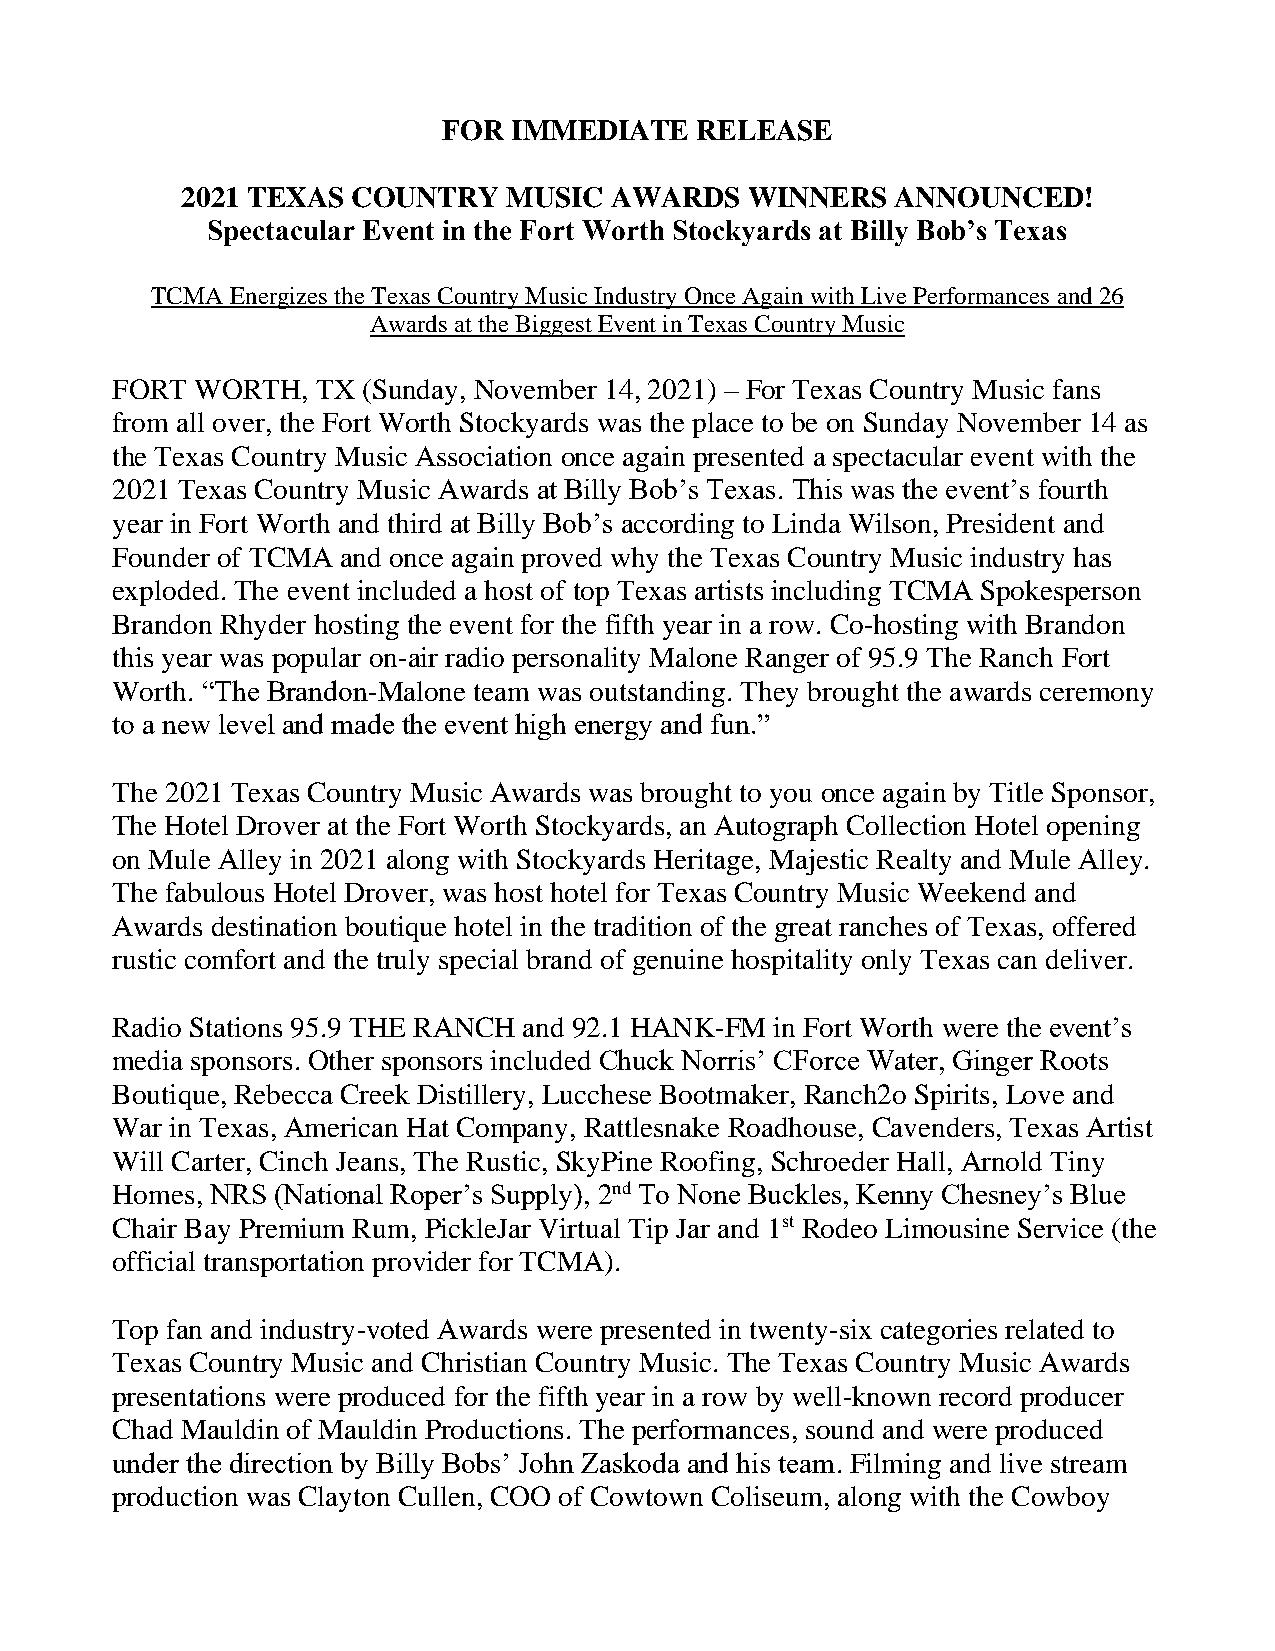
FOR  IMMEDIATE   RELEASE
 2021 TEXAS COUNTRY    MUSIC AWARDS    WINNERS  ANNOUNCED!
 Spectacular Event in the Fort Worth Stockyards at Billy Bob’s Texas
 TCMA Energizes the Texas Country Music Industry Once Again with Live Performances and 26
 Awards at the Biggest Event in Texas Country Music
 FORT  WORTH,  TX (Sunday, November 14, 2021) – For Texas Country Music fans
 from all over, the Fort Worth Stockyards was the place to be on Sunday November 14 as
 the Texas Country Music Association once again presented a spectacular event with the
 2021 Texas Country Music Awards at Billy Bob’s Texas. This was the event’s fourth
 year in Fort Worth and third at Billy Bob’s according to Linda Wilson, President and
 Founder of TCMA and once again proved why the Texas Country Music industry has
 exploded. The event included a host of top Texas artists including TCMA Spokesperson
 Brandon Rhyder hosting the event for the fifth year in a row. Co-hosting with Brandon
 this year was popular on-air radio personality Malone Ranger of 95.9 The Ranch Fort
 Worth. “The Brandon-Malone team was outstanding. They brought the awards ceremony
 to a new level and made the event high energy and fun.”
 The 2021 Texas Country Music Awards was brought to you once again by Title Sponsor,
 The Hotel Drover at the Fort Worth Stockyards, an Autograph Collection Hotel opening
 on Mule Alley in 2021 along with Stockyards Heritage, Majestic Realty and Mule Alley.
 The fabulous Hotel Drover, was host hotel for Texas Country Music Weekend and
 Awards destination boutique hotel in the tradition of the great ranches of Texas, offered
 rustic comfort and the truly special brand of genuine hospitality only Texas can deliver.
 Radio Stations 95.9 THE RANCH and 92.1 HANK-FM in Fort Worth were the event’s
 media sponsors. Other sponsors included Chuck Norris’ CForce Water, Ginger Roots
 Boutique, Rebecca Creek Distillery, Lucchese Bootmaker, Ranch2o Spirits, Love and
 War in Texas, American Hat Company, Rattlesnake Roadhouse, Cavenders, Texas Artist
 Will Carter, Cinch Jeans, The Rustic, SkyPine Roofing, Schroeder Hall, Arnold Tiny
 Homes, NRS (National Roper’s Supply), 2nd To None Buckles, Kenny Chesney’s Blue
 Chair Bay Premium Rum, PickleJar Virtual Tip Jar and 1st Rodeo Limousine Service (the
 official transportation provider for TCMA).
 Top fan and industry-voted Awards were presented in twenty-six categories related to
 Texas Country Music and Christian Country Music. The Texas Country Music Awards
 presentations were produced for the fifth year in a row by well-known record producer
 Chad Mauldin of Mauldin Productions. The performances, sound and were produced
 under the direction by Billy Bobs’ John Zaskoda and his team. Filming and live stream
 production was Clayton Cullen, COO of Cowtown Coliseum, along with the Cowboy